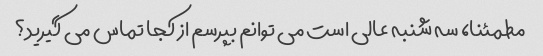
مطمئنا، سه شنبه عالی است می توانم بپرسم از کجا تماس می گیرید؟